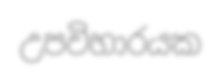
උපවිහාරයක